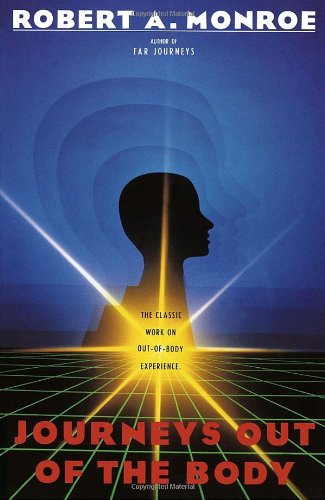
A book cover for Journeys Out of the Body; Robert Monroe; Religion & Spirituality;